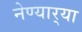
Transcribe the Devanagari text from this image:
नेण्यार्‍या